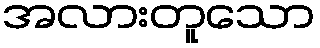
အလားတူသော